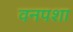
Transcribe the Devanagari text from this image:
वनपशा